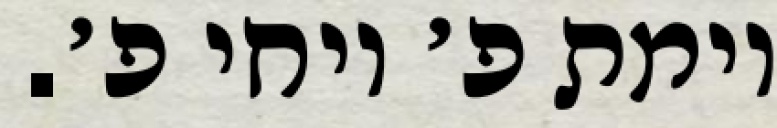
וימת פ׳ ויחי פ׳.